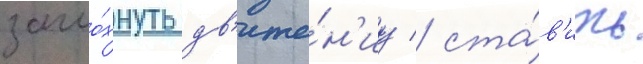
загло́хнуть дв'иже́н'иу / ста́в'ить